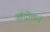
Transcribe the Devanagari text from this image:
आंदोलनं